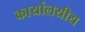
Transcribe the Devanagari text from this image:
कार्यालयीय